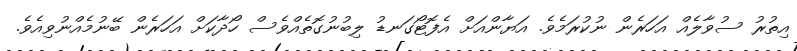
އިތުރު ސުވާލެއް އަހަރެން ނުކުރަމެވެ. އަޔާންއަށް އެފޮޓޯގަނޑު ލިބުނުގޮތެއްވެސް ހޯދާކަށް އަހަރެން ބޭނުމެއްނުވިއެވެ.